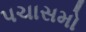
પચાસમો